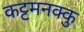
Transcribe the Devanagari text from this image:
कट्टमनक्कु